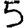
Digit: 5